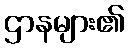
ဌာနများ၏